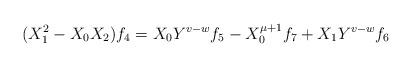
LaTeX: \begin{align*} (X_{1}^2-X_{0}X_{2})f_{4}=X_{0}Y^{v-w}f_{5}-X_{0}^{\mu+1}f_{7}+X_{1}Y^{v-w}f_{6}\end{align*}